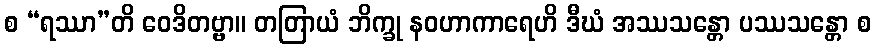
စ “ရဿာ”တိ ဝေဒိတဗ္ဗာ။ တတြာယံ ဘိက္ခု နဝဟာကာရေဟိ ဒီဃံ အဿသန္တော ပဿသန္တော စ